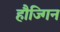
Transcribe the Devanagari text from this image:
हौज्गिन